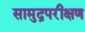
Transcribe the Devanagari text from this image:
सामुद्रपरीक्षण